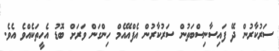
ސަރުކާރުން ދޭ ފައިސާނިސްބަތުން ސަރުކާރުން އެފްއޭއެމް ހިންގަން ވަރަށް ބޮޑު އެހީތަކެއްވެ އެވެ.